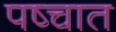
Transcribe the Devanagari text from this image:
पष्चात